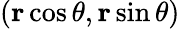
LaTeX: (\mathbf r\cos\theta,\mathbf r\sin\theta)